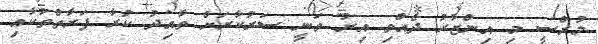
މުރްސީ މި އިންޒާރު ދެއްވި އިރު ވަނީ ސަރުކާރަށް ތާއިދު ކުރާ ފަރާތްތަކާއި